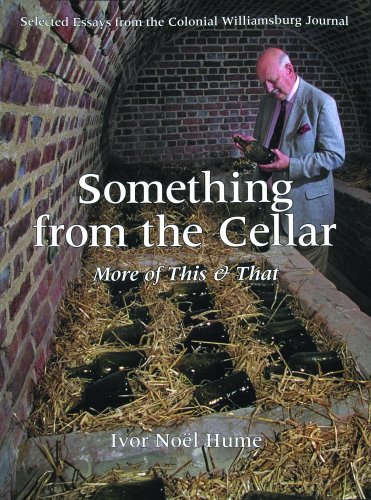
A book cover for Something From the Cellar: More of This & That----Selected Essays from the Colo; Ivor Noel Hume; History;